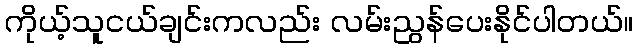
ကိုယ့်သူငယ်ချင်းကလည်း လမ်းညွန်ပေးနိုင်ပါတယ်။